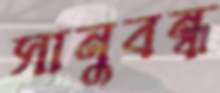
সানুবন্ধ